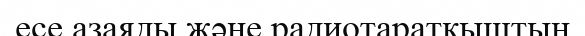
есе азаяды және радиотаратқыштың